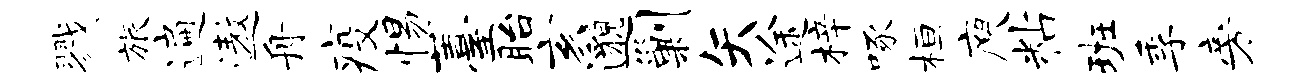
戮旅遍遨舟疫惕薹眙亥邈剿矢途梓啄桓庾粘班季旁